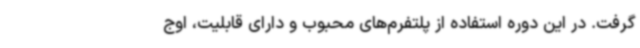
گرفت. در این دوره استفاده از پلتفرم‌های محبوب و دارای قابلیت، اوج